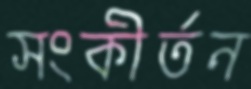
সংকীর্তন